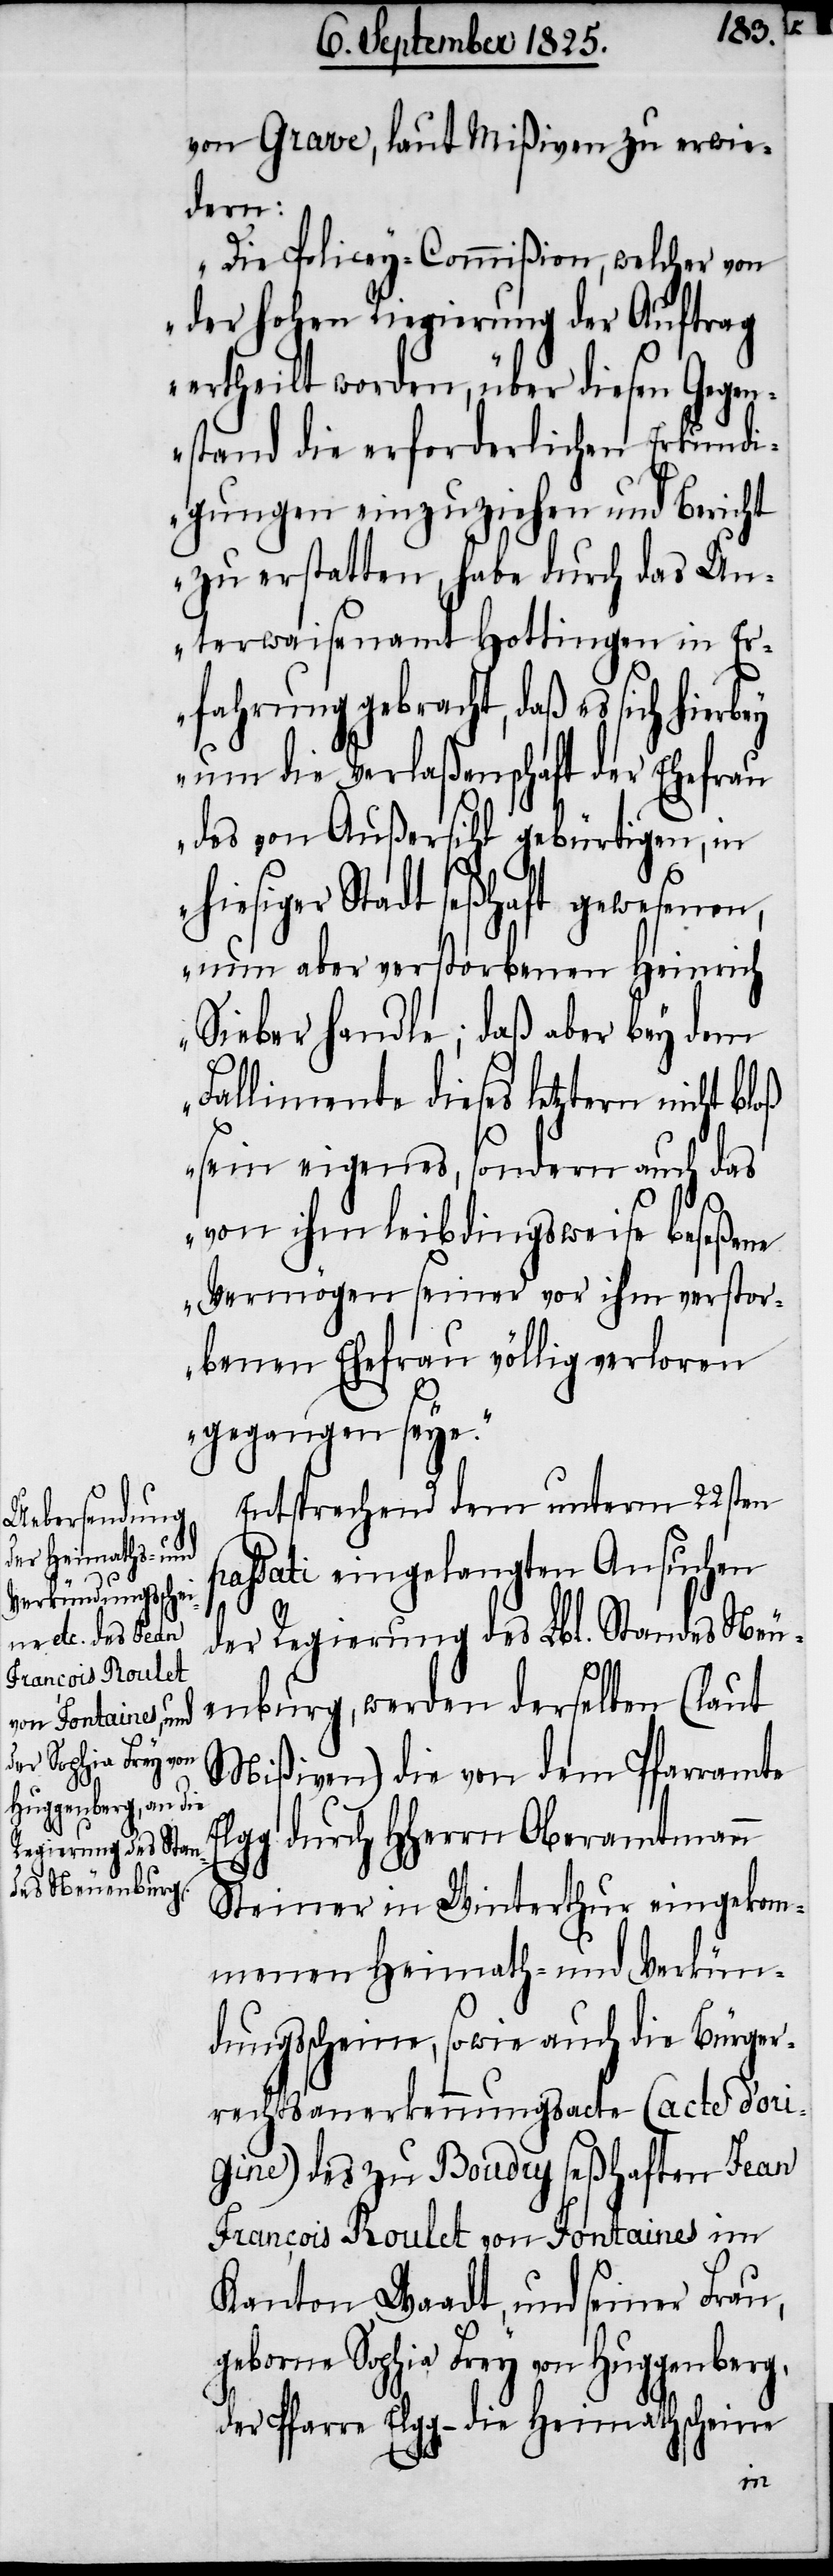
von Grave, laut Mißiven zu erwie¬
dern:
Die Policey-Commißion, welcher von
der hohen Regierung der Auftrag
ertheilt worden, über diesen Gegen¬
stand die erforderlichen Erkundi¬
gungen einzuziehen und Bericht
zu erstatten, habe durch das Un¬
terwaisenamt Hottingen in E¬
rfahrung gebracht, daß es sich hierbey
um die Verlaßenschaft der Ehefrau
des von Außersihl gebürtigen, in
hiesiger Stadt seßhaft gewesenen,
nun aber verstorbenen Heinrich
Sieber handle; daß aber bey dem
Fallimente dieses letztern nicht
sein eigenes, sondern auch das
von ihm leibdingsweise beseßene
Vermögen seiner vor ihm verstor¬
benen Ehefrau völlig verloren
gegangen seye.
Entsprechend dem unterm 22sten
ssati eingelangten Ansuchen
der Regierung des Lbl. Standes Neu¬
enburg, werden derselben (laut
Mißiven) die von dem Pfarramte
lgg durch HHerrn Oberamtmann
Steiner in Winterthur eingekom¬
menen Heimath- und Verkün¬
dungsscheine, sowie auch die Bürger¬
rechtsanerkennungsacte (acte d’ori¬
gine) des zu Boudry seßhaften Jean
Francois Roulet von Fontaines im
Kanton Waadt, und seiner Frau,
geborne Sophia Frey von Huggenberg,
der Pfarre Elgg – die Heimathscheine
E¬